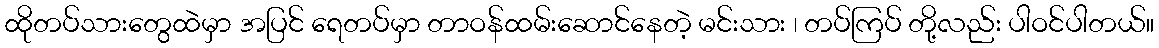
ထိုတပ်သားတွေထဲမှာ အပြင် ရေတပ်မှာ တာဝန်ထမ်းဆောင်နေတဲ့ မင်းသား ၊ တပ်ကြပ် တို့လည်း ပါဝင်ပါတယ်။